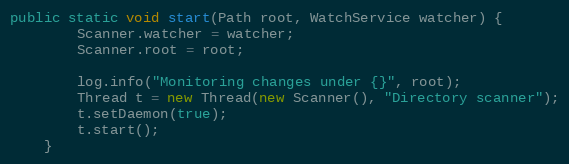
Language: Java
public static void start(Path root, WatchService watcher) {
        Scanner.watcher = watcher;
        Scanner.root = root;

        log.info("Monitoring changes under {}", root);
        Thread t = new Thread(new Scanner(), "Directory scanner");
        t.setDaemon(true);
        t.start();
    }